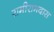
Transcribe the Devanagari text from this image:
रामीरामदास